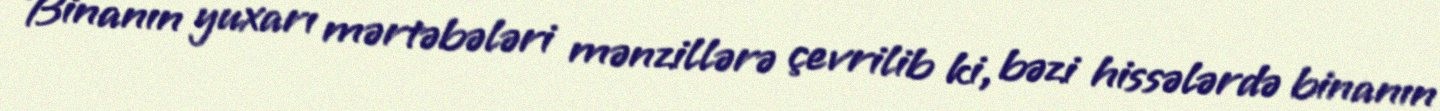
Binanın yuxarı mərtəbələri mənzillərə çevrilib ki, bəzi hissələrdə binanın